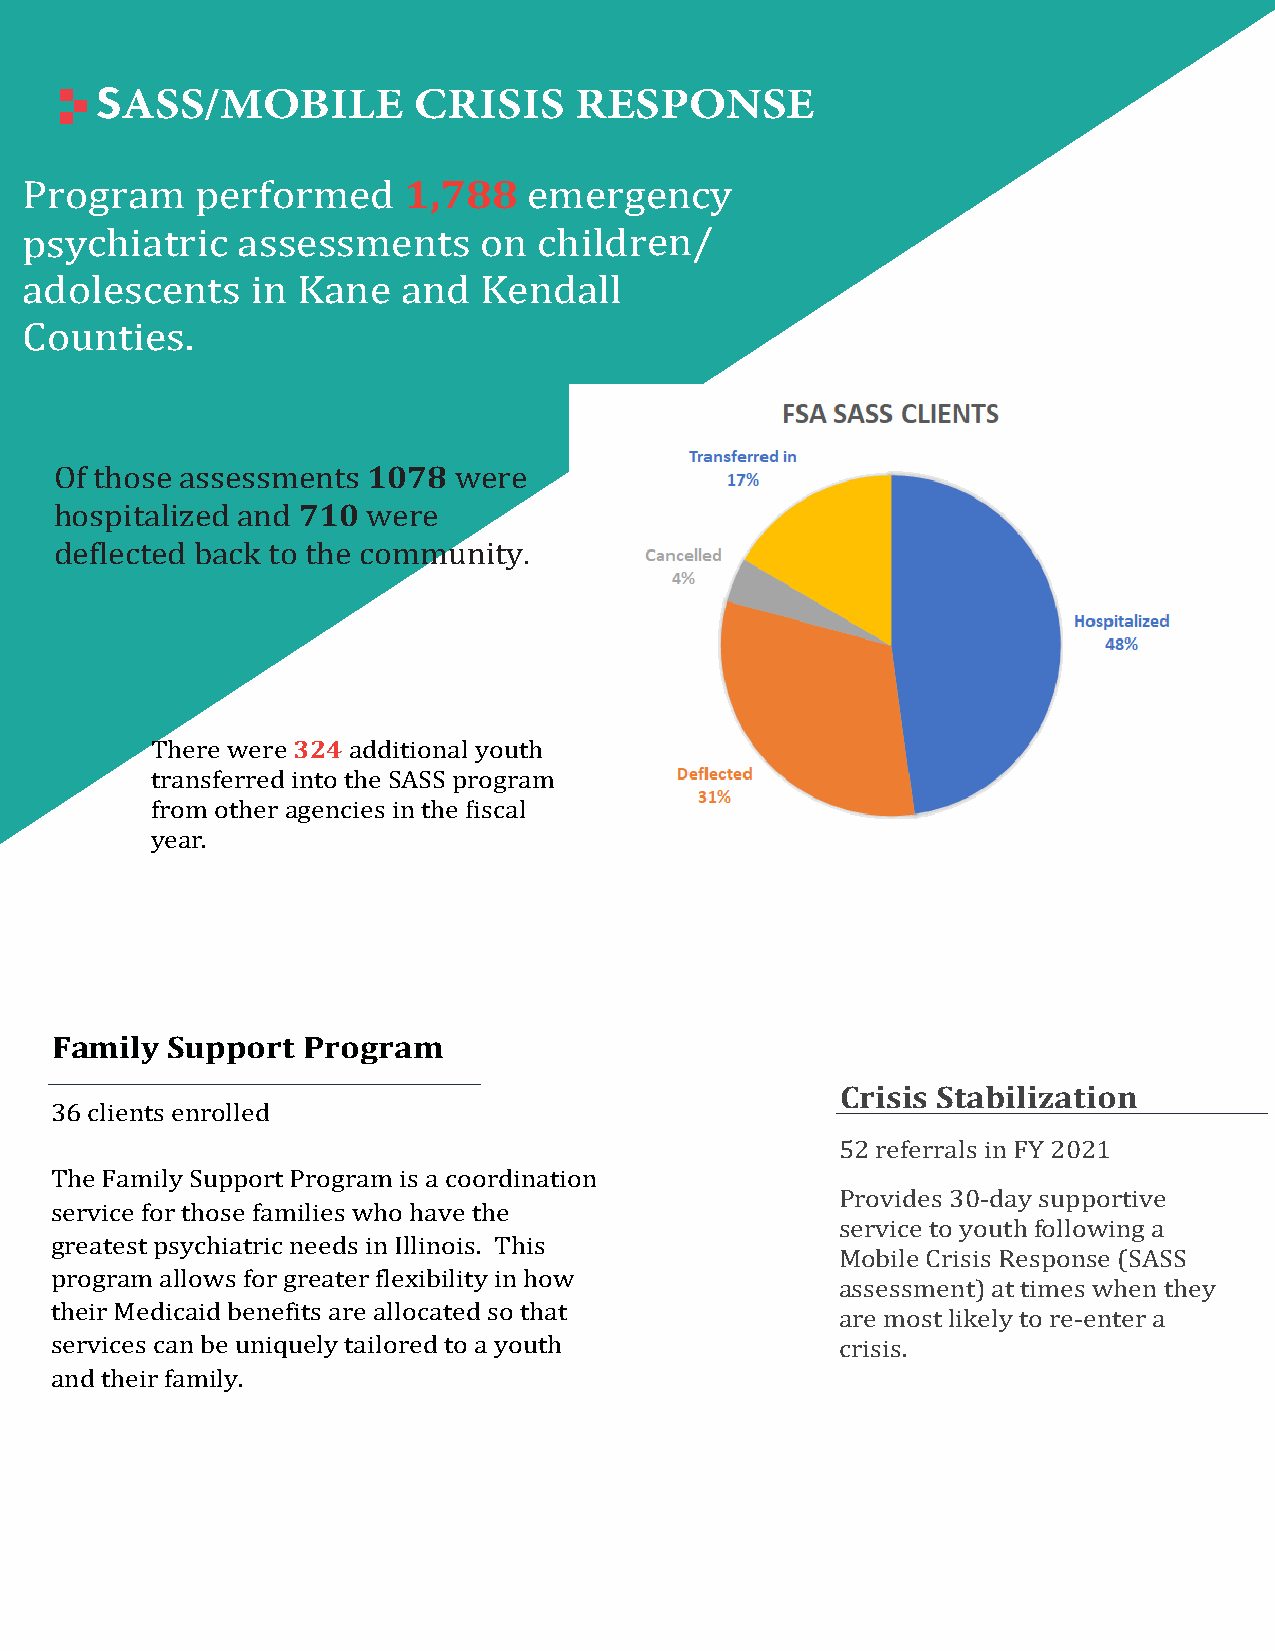
HEADLINE
 SASS/MOBILE          CRISIS     RESPONSE
 1,788
 Program     performed             emergency
 psychiatric    assessments     on  children/
 adolescents     in Kane   and  Kendall
 Counties.
 1078
 710
 Of those assessments      were
 hospitalized and    were
 deflected back to the community.
 324
 There were   additional youth
 transferred into the SASS program
 from other agencies in the �iscal
 year.
 Family  Support  Program
 Crisis Stabilization
 36 clients enrolled
 52 referrals in FY 2021
 The Family Support Program is a coordination
 Provides 30-day supportive
 service for those families who have the
 service to youth following a
 greatest psychiatric needs in Illinois. This
 Mobile Crisis Response (SASS
 program allows for greater flexibility in how
 assessment) at times when they
 their Medicaid benefits are allocated so that
 are most likely to re-enter a
 services can be uniquely tailored to a youth         crisis.
 and their family.